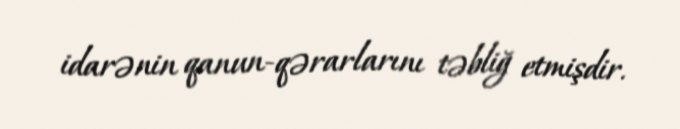
idarənin qanun-qərarlarını təbliğ etmişdir.